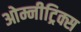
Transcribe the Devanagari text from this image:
ओम्नीट्रिक्स